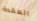
العقدة